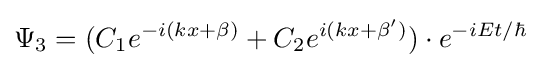
\Psi _{3}=(C_{1}e^{-i(kx+\beta )}+C_{2}e^{i(kx+\beta ')})\cdot e^{-i{Et}/{\hbar }}